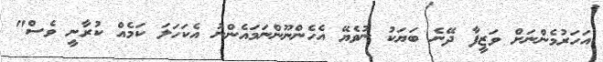
އަހަރުމެންނަށް ވަޒީފާ ދޭނެ ބަޔަކު ނުވެޔޭ އެހެންނޫންނަމައެންނު އެކަހަލަ ކަމެއް ކުރާނީ ވެސް"